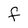
Character: f